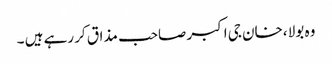
وہ بولا ،خان جی اکبر صاحب مذاق کر رہے ہیں ۔